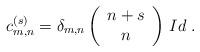
LaTeX: \begin{align*}c_{m,n}^{(s)}=\delta_{m,n}\left(\begin{array}{c} n+s \\ n \end{array}\right)\,Id\;.\end{align*}